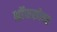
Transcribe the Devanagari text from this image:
श्रॉफसोबत